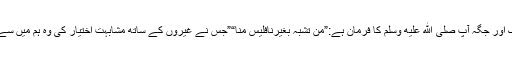
“(ابوداأد)ایک اور جگہ آپ صلى الله عليه وسلم کا فرمان ہے:”من تشبہ بغیرنافلیس مِنّا“”جس نے غیروں کے ساتھ مشابہت اختیار کی وہ ہم میں سے نہیں ہے “۔